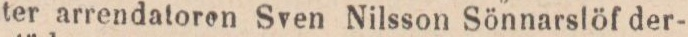
ter arrendatoren Sven Nilsson Sönnarlöf der-